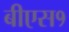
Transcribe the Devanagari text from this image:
बीएस१